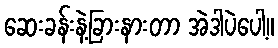
ဆေးခန်းနဲ့ခြားနားတာ အဲဒါပဲပေါ့။